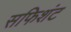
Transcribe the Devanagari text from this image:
सफिशंट